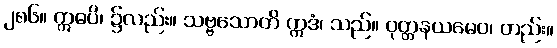
၂၈၆။ ဣဓပိ၊ ၌လည်း။ သဗ္ဗသောတိ ဣဒံ၊ သည်။ ဝုတ္တနယမေဝ၊ တည်း။